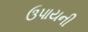
ઉપાયની